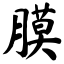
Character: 膜